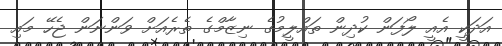
އަދަކީ އެއީ ލޯފަން ކުދިން ތައްލީމުގެ ނިޒާމްގެ ތެރެއަށް ވަންނަން ޖެހޭ މައި